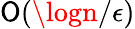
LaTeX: \mathsf{O}(\logn/\epsilon)